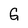
Character: G